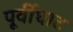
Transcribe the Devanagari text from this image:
पूर्वीघाट